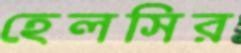
হেলসির